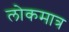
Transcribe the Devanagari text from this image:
लोकमात्र